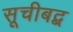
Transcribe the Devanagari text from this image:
सूचीबद्ब